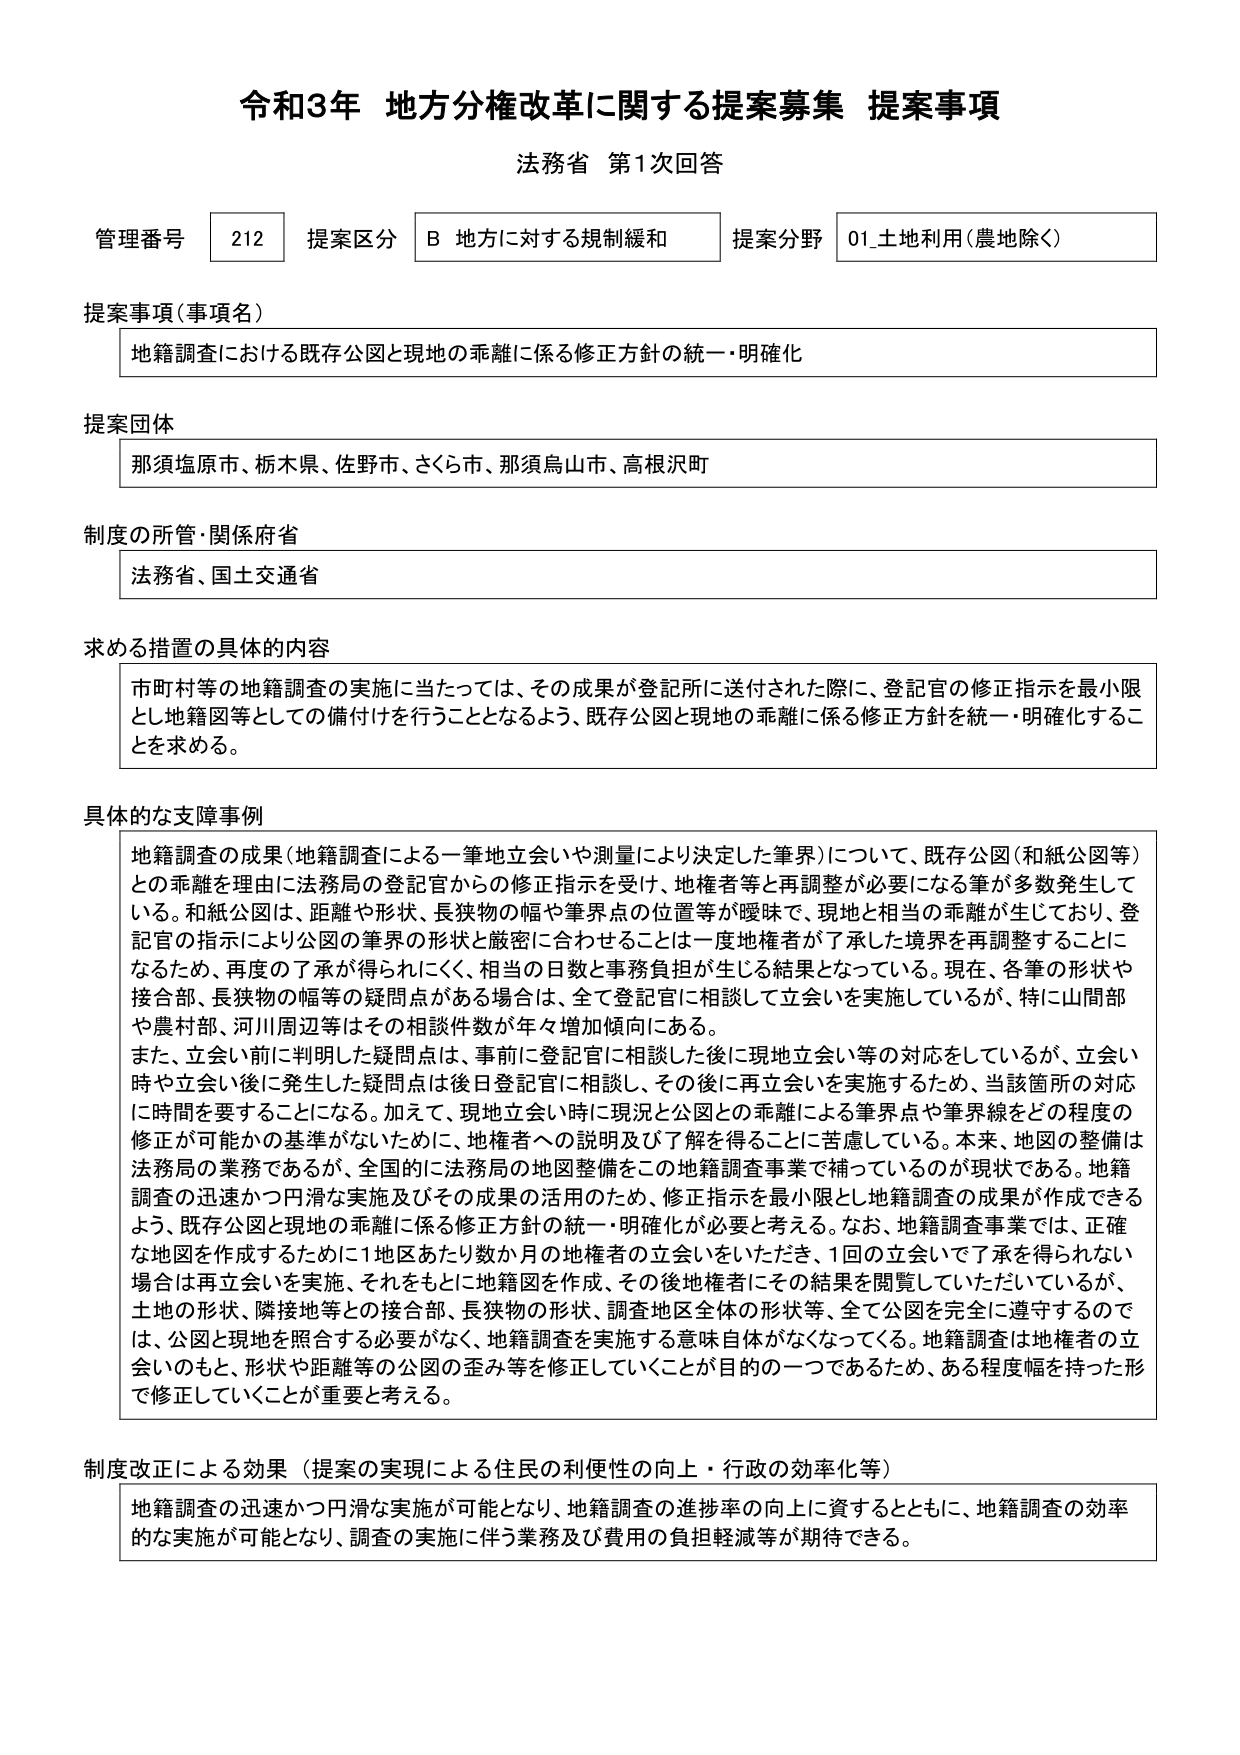
令和3年 地方分権改革に関する提案募集 提案事項
法務省 第1次回答

管理番号 212 提案区分 B 地方に対する規制緩和 提案分野 01_土地利用（農地除く）

提案事項（事項名）
地籍調査における既存公図と現地の乖離に係る修正方針の統一・明確化

提案団体
那須塩原市、栃木県、佐野市、さくら市、那須烏山市、高根沢町

制度の所管・関係府省
法務省、国土交通省

求める措置の具体的内容
市町村等の地籍調査の実施に当たっては、その成果が登記所に送付された際に、登記官の修正指示を最小限とし地籍図等としての備付けを行うこととなるよう、既存公図と現地の乖離に係る修正方針を統一・明確化することを求める。

具体的な支障事例
地籍調査の成果（地籍調査による一筆地立会いや測量により決定した筆界）について、既存公図（和紙公図等）との乖離を理由に法務局の登記官からの修正指示を受け、地権者等と再調整が必要になる事案が多数発生している。和紙公図は、距離や形状、長狭物の幅や筆界点の位置等が曖昧で、現地と相当の乖離が生じており、登記官の指示により公図の筆界の形状と厳密に合わせることは一度地権者が了承した境界を再調整することになるため、再度の了承が得られにくく、相当の日数と事務負担が生じる結果となっている。現在、各筆の形状や接合部、長狭物の幅等の疑問点がある場合は、全て登記官に相談して立会いを実施しているが、特に山間部や農村部、河川周辺等はその相談件数が年々増加傾向にある。
また、立会い前に判明した疑問点は、事前に登記官に相談した後に現地立会い等の対応をしているが、立会い時や立会い後に発生した疑問点は後日登記官に相談し、その後に再立会いを実施するため、当該箇所の対応に時間を要することになる。加えて、現地立会い時に現況と公図との乖離による筆界点や筆界線をどの程度の修正が可能かの基準がないために、地権者への説明及び了解を得ることに苦慮している。本来、地図の整備は法務局の業務であるが、全国的に法務局の地図整備をこの地籍調査事業で補っているのが現状である。地籍調査の迅速かつ円滑な実施及びその成果の活用のため、修正指示を最小限とし地籍調査の成果が作成できるよう、既存公図と現地の乖離に係る修正方針の統一・明確化が必要と考える。なお、地籍調査事業では、正確な地図を作成するために1地区あたり数か月の地権者の立会いをいただき、1回の立会いですべてが承を得られない場合は再立会いを実施、それをもとに地籍図を作成、その後地権者にその結果を閲覧していただいているが、土地の形状、隣接地等との接合部、長狭物の形状、調査地区全体の形状等、全て公図を完全に遵守するのでは、公図と現地を照合する必要がなく、地籍調査を実施する意味自体がなくなってくる。地籍調査は地権者の立会いのもと、形状や距離等の公図の歪み等を修正していくことが目的の一つであるため、ある程度幅を持った形で修正していくことが重要と考える。

制度改正による効果（提案の実現による住民の利便性の向上・行政の効率化等）
地籍調査の迅速かつ円滑な実施が可能となり、地籍調査の進捗率の向上に資するとともに、地籍調査の効率的な実施が可能となり、調査の実施に伴う業務及び費用の負担軽減等が期待できる。